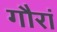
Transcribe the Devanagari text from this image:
गौरां